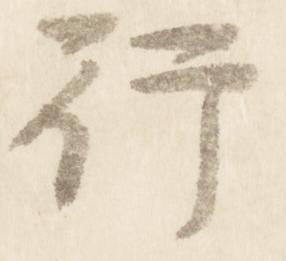
行